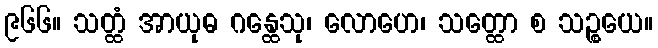
၉၆၆။ သတ္ထံ အာယုဓ ဂန္ထေသု၊ လောဟေ၊ သတ္ထော စ သဉ္စယေ။